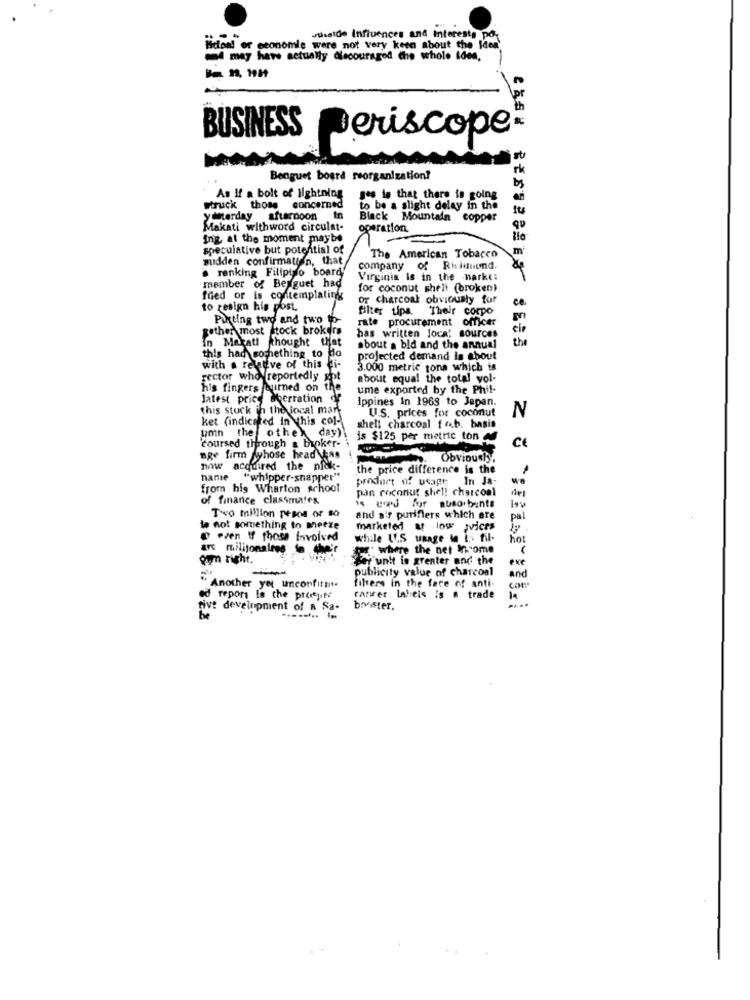
tselde Influences and Interests pos
ticond or economie were not very keen about the Idea'
may have actually dlecouraged the whole Ides,
BUSINESS
Deriscope®
M
Benguet board reorganization?
As If a bolt of lightning
ges is that there is going
struck those concerned
to be a slight delay in the
yeterday afternoon in
Black Mountain copper
Makati withword circulat-
operation
ing at the moment maybe
speculative but potential of
sudden confirmation, that
The American Tobacco
. ranking Filipino board
company of Risliuund.
Virginia Is in the -narke:
member of Berguet had
for coconut shell (broken)
fred or is contemplatingg
or Charcoal obviously for
ce
to resign his post.
filter tips. Their corpo
Pikting two and two to-
rate procurement officer
gether most stock brokers
in Marati thought that
has written loca! sources
the
this had something to do
about a bid and the annual
**====== S SESS
projected demand is about
with a relative of this di-
3.000 metric tons which is
rector who reportedly xp
about equal the total vol-
his fingers fourmed on the
ume exported by the Phil-
latest price acerration
a de
Ippines In 1968 to Japan.
this stuck in the local mart
U.S. prices for coconut
N
ket (indicated in this col-
umn the other
day)
shell charcoal fo.b. basis
is $125 per metric ton
"coursed through a broker-
Ce
age firm dyhose head veas
. Obvioush.
now
acquired the niok-
the price difference is the
name
"whipper-snapper"
product of usage In Ja-
from hig Wharton schoot
pan coconut shell charcoal
of finance classmates
Two million pesos of so
is wid for absorbente
and air purifiers which are
pal
le not something to mheeze
marketed at low prices
@ even If those involved
while U.S unage in i .- fil-
hot
are militonales to the
where the net income
oum right.
karunit is greater and the
exe
publicity value of charcoal
and
filters in the face of anti-
Another yet unconfitht.
con·
ed report is the prejit?
ranrer labels is & trade
five development of a Sa-
brvister.
be